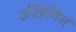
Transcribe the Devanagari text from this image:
उज्हिचिल